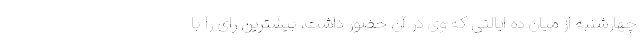
چهارشنبه از میان ده ایالتی که وی در آن حضور داشت، بیشترین رای را با